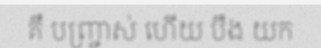
គឺ បញ្ច្រាស់ ហើយ បឹង យក